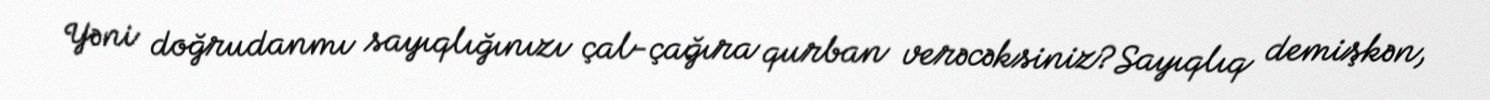
Yəni doğrudanmı sayıqlığınızı çal-çağıra qurban verəcəksiniz?Sayıqlıq demişkən,